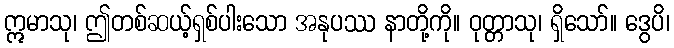
ဣမာသု၊ ဤတစ်ဆယ့်ရှစ်ပါးသော အနုပဿ နာတို့ကို။ ဝုတ္တာသု၊ ရှိသော်။ ဒွေပိ၊